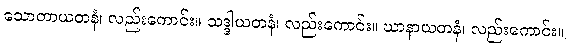
သောတာယတနံ၊ လည်းကောင်း။ သဒ္ဒါယတနံ၊ လည်းကောင်း။ ဃာနာယတနံ၊ လည်းကောင်း။